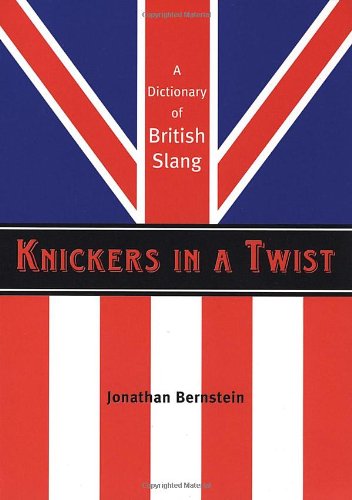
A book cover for Knickers in a Twist: A Dictionary of British Slang; Jonathan Bernstein; Politics & Social Sciences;